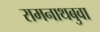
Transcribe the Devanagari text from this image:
रामनाथबुवा